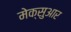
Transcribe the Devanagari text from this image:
मेक्सुआर